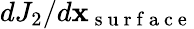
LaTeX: dJ_{2}/d\mathbf x_{\mathrm{~s~u~r~f~a~c~e~}}